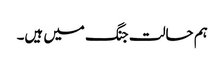
ہم حالت جنگ میں ہیں۔